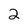
Character: 2